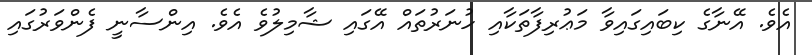
އެވެ. އޭނާގެ ކިބައިގައިވާ މަޢުރިފާތަކާއި ހުނަރުތައް އޭގައި ޝާމިލުވެ އެވެ. އިންސާނީ ފެންވަރުގައި